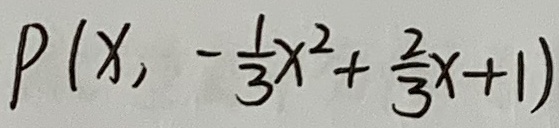
P ( x , - \frac { 1 } { 3 } x ^ { 2 } + \frac { 2 } { 3 } x + 1 )